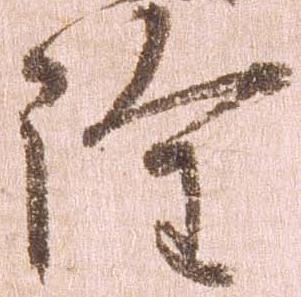
詮